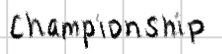
Text: championship
Cross-out: clean
Writing tool: digital_black